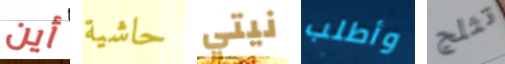
أين حاشية نيتي وأطلب تثلج